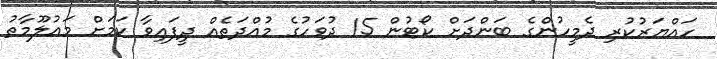
ހައްޔަރުކުރި ދެމީހުންގެ ބަންދަށް ކޯޓުން 15 ދުވަހުގެ މުއްދަތެއް ދީފައިވާ ކަމަށް މައުލޫމާތު